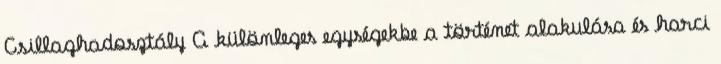
Csillaghadosztály A különleges egységekbe a történet alakulása és harci